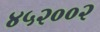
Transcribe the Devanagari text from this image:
४५२००२